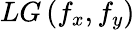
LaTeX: LG\left(f_{x},f_{y}\right)